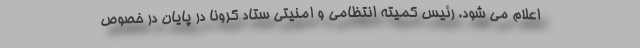
اعلام می شود. رئیس کمیته انتظامی و امنیتی ستاد کرونا در پایان در خصوص